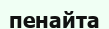
пенайта